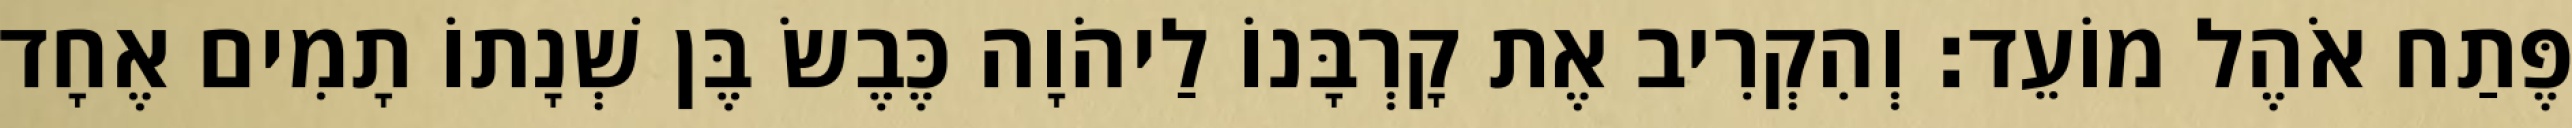
פֶּתַח אֹהֶל מוֹעֵד׃ וְהִקְרִיב אֶת קָרְבָּנוֹ לַיהֹוָה כֶּבֶשׂ בֶּן שְׁנָתוֹ תָמִים אֶחָד